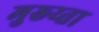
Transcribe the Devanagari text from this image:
मुख्य्ता